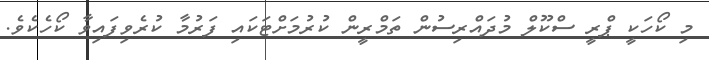
މި ކޯހަކީ ޕްރީ ސްކޫލް މުދައްރިސުން ތަމްރީން ކުރުމަށްޓަކައި ފަރުމާ ކުރެވިފައިވާ ކޯހެކެވެ.